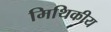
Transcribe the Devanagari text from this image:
मिथिकीय